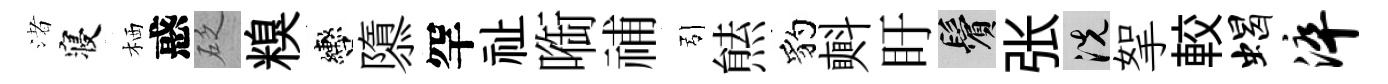
渚寝栖惑砭糗轡隳罕祉㗸𥙷引㷱豹㪺盱鬢张洗挐較蝎淬